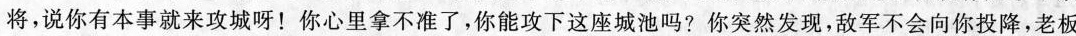
将,说你有本事就来攻城呀!你心里拿不准了,你能攻下这座城池吗?你突然发现,敌军不会向你投降,老板